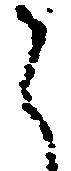
之